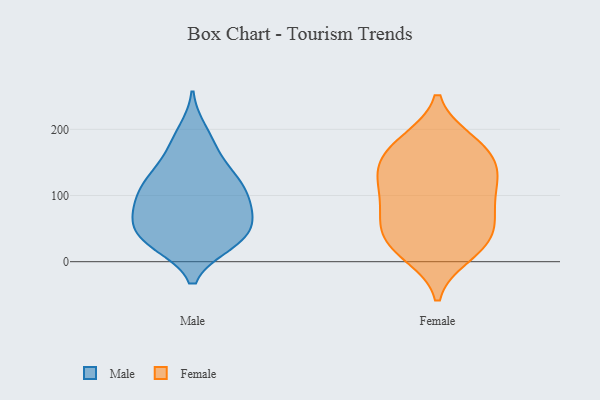
{"axis": {"x": "Waste Production (Tons)", "y": "Value"}, "legend": ["Female", "Male"], "data": [{"x": "", "y": 27, "type": "Male"}, {"x": "", "y": 92, "type": "Male"}, {"x": "", "y": 70, "type": "Male"}, {"x": "", "y": 30, "type": "Male"}, {"x": "", "y": 66, "type": "Male"}, {"x": "", "y": 122, "type": "Male"}, {"x": "", "y": 125, "type": "Male"}, {"x": "", "y": 180, "type": "Male"}, {"x": "", "y": 31, "type": "Male"}, {"x": "", "y": 81, "type": "Male"}, {"x": "", "y": 99, "type": "Male"}, {"x": "", "y": 123, "type": "Male"}, {"x": "", "y": 132, "type": "Male"}, {"x": "", "y": 99, "type": "Male"}, {"x": "", "y": 35, "type": "Male"}, {"x": "", "y": 32, "type": "Male"}, {"x": "", "y": 60, "type": "Male"}, {"x": "", "y": 162, "type": "Male"}, {"x": "", "y": 55, "type": "Male"}, {"x": "", "y": 197, "type": "Male"}, {"x": "", "y": 115, "type": "Female"}, {"x": "", "y": 13, "type": "Female"}, {"x": "", "y": 127, "type": "Female"}, {"x": "", "y": 91, "type": "Female"}, {"x": "", "y": 162, "type": "Female"}, {"x": "", "y": 183, "type": "Female"}, {"x": "", "y": 34, "type": "Female"}, {"x": "", "y": 68, "type": "Female"}, {"x": "", "y": 10, "type": "Female"}, {"x": "", "y": 174, "type": "Female"}, {"x": "", "y": 35, "type": "Female"}, {"x": "", "y": 183, "type": "Female"}, {"x": "", "y": 131, "type": "Female"}, {"x": "", "y": 140, "type": "Female"}, {"x": "", "y": 58, "type": "Female"}, {"x": "", "y": 70, "type": "Female"}, {"x": "", "y": 32, "type": "Female"}, {"x": "", "y": 144, "type": "Female"}, {"x": "", "y": 96, "type": "Female"}]}